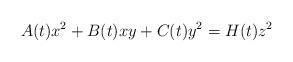
LaTeX: \begin{align*}A(t)x^2+B(t)xy+C(t)y^2=H(t)z^2\end{align*}